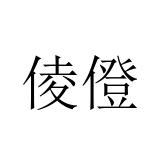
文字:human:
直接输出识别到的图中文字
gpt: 倰僜